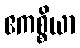
ဧကစ္စိယာ